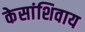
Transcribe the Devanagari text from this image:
केसांशिवाय